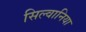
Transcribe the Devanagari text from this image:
सिल्वानिया